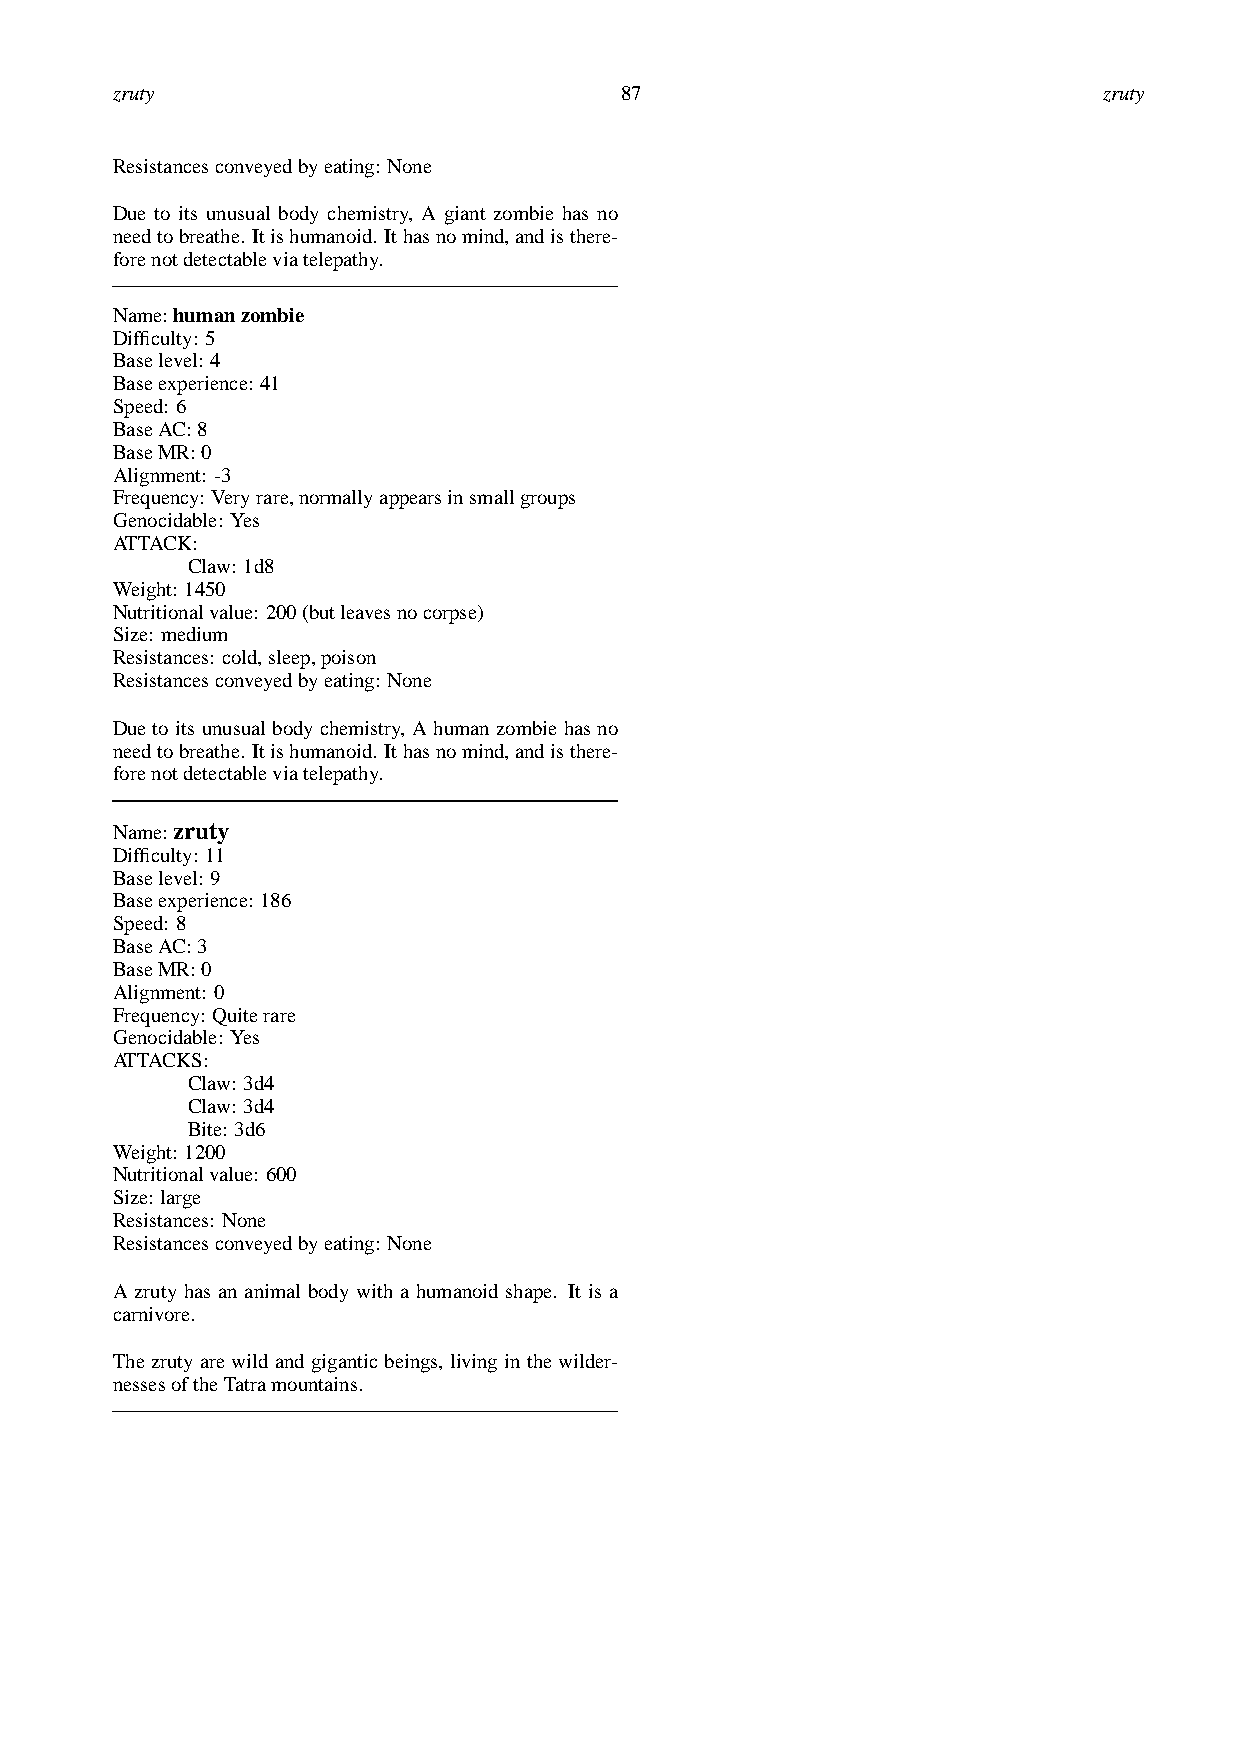
zruty                             87                              zruty
 Resistancesconveyedbyeating: None
 Due to its unusual body chemistry, A giant zombie has no
 needtobreathe. Itishumanoid. Ithasnomind,andisthere-
 forenotdetectableviatelepathy.
 Name:humanzombie
 Difficulty: 5
 Baselevel: 4
 Baseexperience: 41
 Speed: 6
 BaseAC:8
 BaseMR:0
 Alignment: -3
 Frequency: Veryrare,normallyappearsinsmallgroups
 Genocidable: Yes
 ATTACK:
 Claw: 1d8
 Weight: 1450
 Nutritionalvalue: 200(butleavesnocorpse)
 Size: medium
 Resistances: cold,sleep,poison
 Resistancesconveyedbyeating: None
 Duetoitsunusualbodychemistry, Ahumanzombiehasno
 needtobreathe. Itishumanoid. Ithasnomind,andisthere-
 forenotdetectableviatelepathy.
 Name:zruty
 Difficulty: 11
 Baselevel: 9
 Baseexperience: 186
 Speed: 8
 BaseAC:3
 BaseMR:0
 Alignment: 0
 Frequency: Quiterare
 Genocidable: Yes
 ATTACKS:
 Claw: 3d4
 Claw: 3d4
 Bite: 3d6
 Weight: 1200
 Nutritionalvalue: 600
 Size: large
 Resistances: None
 Resistancesconveyedbyeating: None
 A zruty has an animal body with a humanoid shape. It is a
 carnivore.
 The zruty are wild and giganticbeings, living in the wilder-
 nessesoftheTatramountains.